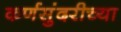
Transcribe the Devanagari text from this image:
कर्णसुंदरीच्या